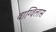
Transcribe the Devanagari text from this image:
वाग्विलास